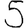
Digit: 5